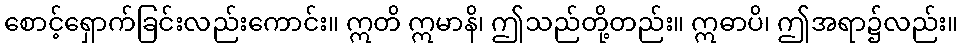
စောင့်ရှောက်ခြင်းလည်းကောင်း။ ဣတိ ဣမာနိ၊ ဤသည်တို့တည်း။ ဣဓာပိ၊ ဤအရာ၌လည်း။